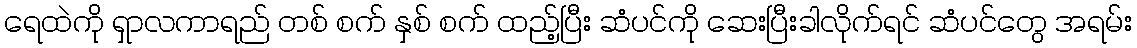
ရေထဲကို ရှာလကာရည် တစ် စက် နှစ် စက် ထည့်ပြီး ဆံပင်ကို ဆေးပြီးခါလိုက်ရင် ဆံပင်တွေ အရမ်း